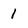
Character: 1